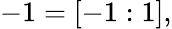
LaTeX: -1=[-1:1],